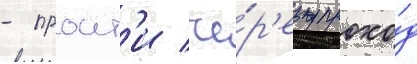
- проит'и че́р'ез прохо́д